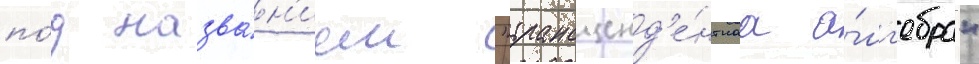
по́д назва́н'ием "трансценд'е́нтнаа а́лг'ебра"